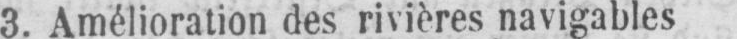
3. Amélioration des rivières navigables